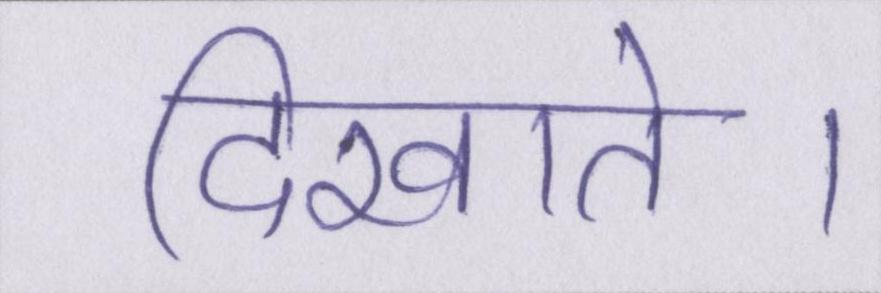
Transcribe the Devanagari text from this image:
दिखाते।